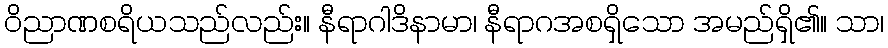
ဝိညာဏစရိယသည်လည်း။ နီရာဂါဒိနာမာ၊ နီရာဂအစရှိသော အမည်ရှိ၏။ သာ၊